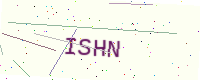
Text: ISHN